Report of the Bombay Veterinary College
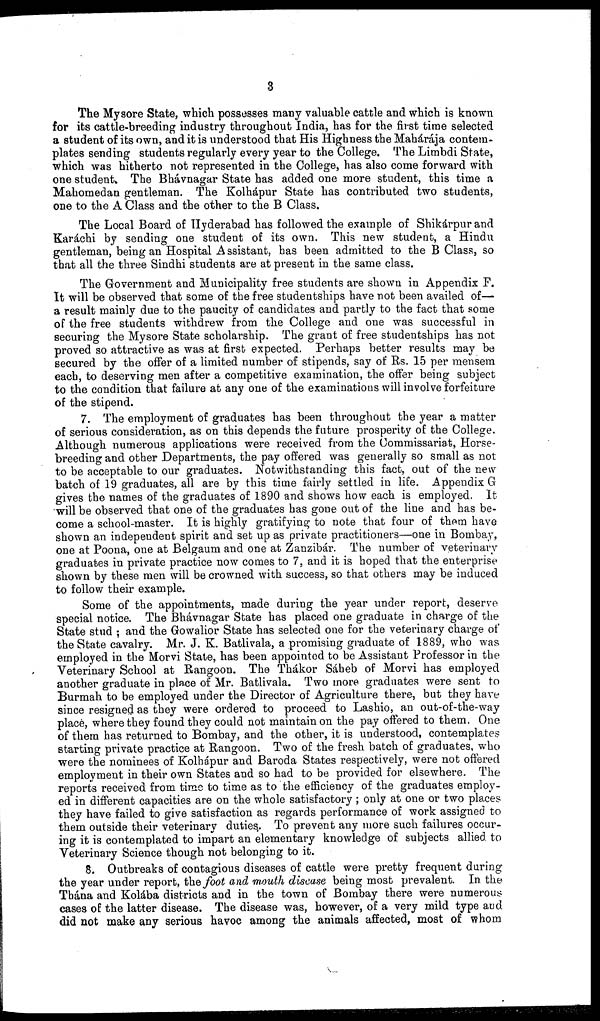
3
The Mysore State, which possesses many valuable cattle and which is known
for its cattle-breeding industry throughout India, has for the first time selected
a student of its own, and it is understood that His Highness the Mahárája contem-
plates sending students regularly every year to the College. The Limbdi State,
which was hitherto not represented in the College, has also come forward with
one student. The Bhávnagar State has added one more student, this time a
Mahomedan gentleman. The Kolhápur State has contributed two students,
one to the A Class and the other to the B Class.
The Local Board of Hyderabad has followed the example of Shikárpur and
Karachi by sending one student of its own. This new student, a Hindu
gentleman, being an Hospital Assistant, has been admitted to the B Class, so
that all the three Sindhi students are at present in the same class.
The Government and Municipality free students are shown in Appendix F.
It will be observed that some of the free studentships have not been availed of—
a result mainly due to the paucity of candidates and partly to the fact that some
of the free students withdrew from the College and one was successful in
securing the Mysore State scholarship. The grant of free studentships has not
proved so attractive as was at first expected. Perhaps better results may be
secured by the offer of a limited number of stipends, say of Rs. 15 per mensem
each, to deserving men after a competitive examination, the offer being subject
to the condition that failure at any one of the examinations will involve forfeiture
of the stipend.
7. The employment of graduates has been throughout the year a matter
of serious consideration, as on this depends the future prosperity of the College.
Although numerous applications were received from the Commissariat, Horse-
breeding and other Departments, the pay offered was generally so small as not
to be acceptable to our graduates. Notwithstanding this fact, out of the new-
batch of 19 graduates, all are by this time fairly settled in life. Appendix G
gives the names of the graduates of 1890 and shows how each is employed. It
will be observed that one of the graduates has gone out of the line and has be-
come a school-master. It is highly gratifying to note that four of them have
shown an independent spirit and set up as private practitioners—one in Bombay,
one at Poona, one at Belgaum and one at Zanzibár. The number of veterinary
graduates in private practice now comes to 7, and it is hoped that the enterprise
shown by these men will be crowned with success, so that others may be induced
to follow their example.
Some of the appointments, made during the year under report, deserve
special notice. The Bhávnagar State has placed one graduate in charge of the
State stud ; and the Gowalior State has selected one for the veterinary charge of
the State cavalry. Mr. J. K. Batlivala, a promising graduate of 1889, who was
employed in the Morvi State, has been appointed to be Assistant Professor in the
Veterinary School at Rangoon. The Thákor Sáheb of Morvi has employed
another graduate in place of Mr. Batlivala. Two more graduates were sent to
Burmah to be employed under the Director of Agriculture there, but they have
since resigned as they were ordered to proceed to Lashio, an out-of-the-way
place, where they found they could not maintain on the pay offered to them. One
of them has returned to Bombay, and the other, it is understood, contemplates
starting private practice at Rangoon. Two of the fresh batch of graduates, who
were the nominees of Kolhápur and Baroda States respectively, were not offered
employment in their own States and so had to be provided for elsewhere. The
reports received from time to time as to the efficiency of the graduates employ-
ed in different capacities are on the whole satisfactory; only at one or two places
they have failed to give satisfaction as regards performance of work assigned to
them outside their veterinary duties. To prevent any more such failures occur-
ing it is contemplated to impart an elementary knowledge of subjects allied to
Veterinary Science though not belonging to it.
8. Outbreaks of contagious diseases of cattle were pretty frequent during
the year under report, the foot and mouth disease being most prevalent. In the
Thána and Kolába districts and in the town of Bombay there were numerous
cases of the latter disease. The disease was, however, of a very mild type and
did not make any serious havoc among the animals affected, most of whom